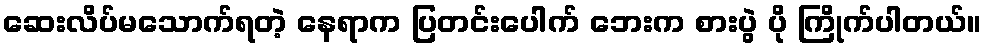
ဆေးလိပ်မသောက်ရတဲ့ နေရာက ပြတင်းပေါက် ဘေးက စားပွဲ ပို ကြိုက်ပါတယ်။